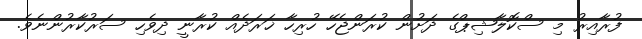
ފުރާއިރު މި ސްކޮލާޝިޕްގެ ދަށުން ކުރަންޖެހޭ ހުރިހާ ޚަރަދެއް ކުރާނީ ދިވެހި ސަރުކާރުންނެވެ.